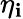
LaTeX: \eta_{\mathbf{i}}